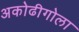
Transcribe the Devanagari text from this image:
अकोढीगोला